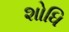
શોધિ